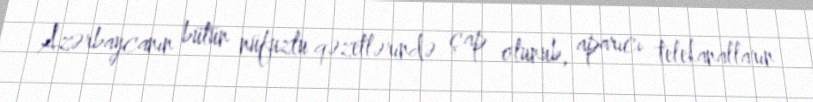
Azərbaycanın bütün nüfuzlu qəzetlərində çap olunub, aparıcı telekanalların